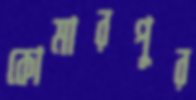
কোমারপুর